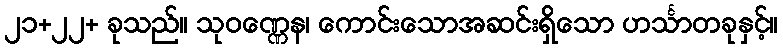
၂၁+၂၂+ ခုသည်။ သုဝဏ္ဏေန၊ ကောင်းသောအဆင်းရှိသော ဟင်္သာတခုနှင့်။